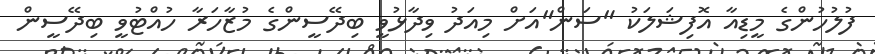
ފުލުހުންގެ މީޑިއާ އޮފިޝަލަކު "ސަން"އަށް މިއަދު ވިދާޅުވީ ބިދޭސީންގެ މުޒާހަރާ ހުއްޓުވީ ބިދޭސީން